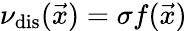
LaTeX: \nu_{\mathrm{dis}}(\vec{x})=\sigma f(\vec{x})